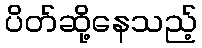
ပိတ်ဆို့နေသည့်